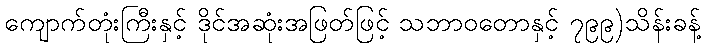
ကျောက်တုံးကြီးနှင့် ဒိုင်အဆုံးအဖြတ်ဖြင့် သဘာဝတောနှင့် ၇၉၉)သိန်းခန့်